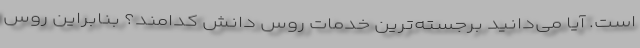
است. آیا می‌دانید برجسته‌ترین خدمات روس دانش کدامند؟ بنابراین روس